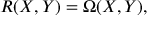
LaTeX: \, R ( X , Y ) = \Omega ( X , Y ) ,